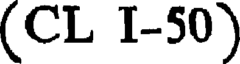
(CL I-50)